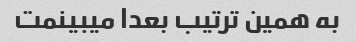
به همین ترتیب بعدا میبینمت